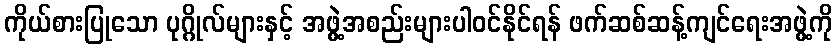
ကိုယ်စားပြုသော ပုဂ္ဂိုလ်များနှင့် အဖွဲ့အစည်းများပါဝင်နိုင်ရန် ဖက်ဆစ်ဆန့်ကျင်ရေးအဖွဲ့ကို